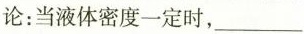
论：当液体密度一定时，___